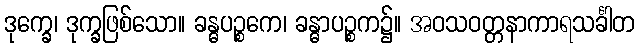
ဒုက္ခေ၊ ဒုက္ခဖြစ်သော။ ခန္ဓပဉ္စကေ၊ ခန္ဓာပဉ္စက၌။ အဝသဝတ္တနာကာရသင်္ခါတ